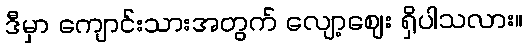
ဒီမှာ ကျောင်းသားအတွက် လျော့ဈေး ရှိပါသလား။